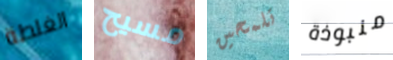
الغلطة مسيح تلمحين منبوذة